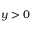
y > 0